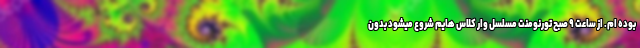
بوده ام. از ساعت ۹ صبح تورنومنت مسلسل وار کلاس هایم شروع میشود بدون